Report on sanitation, dispensaries, and jails in Rajputana for 1918, and on vaccination for the year 1918-1919 - 1918-1919
Year: 1918
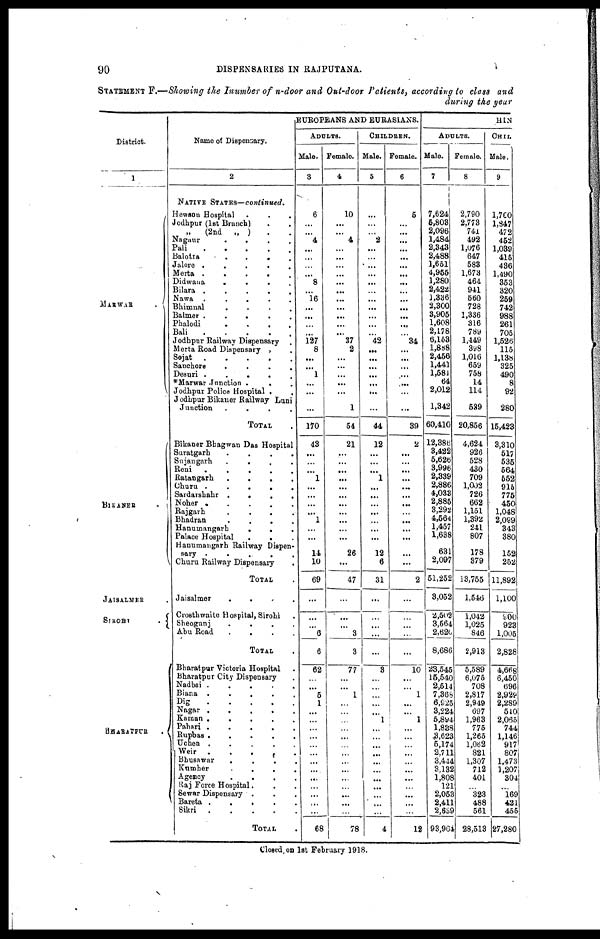
90
DISPENSARIES IN RAJPUTANA.
STATEMENT F.—Showing the Inumber of n-door and Out-door Patients, according to class and
during the year
District.
1
MARWAR
.
BIKANER
.
JAISALMER .
SIROHI
.
BHARATPUR .
Name of Dispensary.
2
NATIVE STATES—continued.
Hewson Hospital ...
Jodhpur (1st Branch) ..
„ (2nd „ ) ..
Nagaur
....
Pali
.....
Balotra
....
Jalore
.....
Meita
....
Didwana
....
Bilara
.....
Nawa
.....
Bhimnal
....
Balmer
.....
Phalodi
....
Bali
.....
Jodhpur Railway Dispensary .
Merta Road Dispensary ..
Sojat
.....
Sanchore
....
Desuri
.....
*Marwar Junction
...
Jodhpur Police Hospital
..
Jodhpur Bikaner Railway Luni
Junction
....
TOTAL
Bikaner Bhagwan Das Hospital
Suratgarh ....
Sujangarh
....
Reni
.....
Ratangarh
....
Churu
.....
Sardarshahr
....
Noher .....
Rajgarh
....
Bhadran
....
Hanumangarh ...
Palace Hospital
...
Hanumangarh Railway Dispen¬
sary .....
Churu Railway Dispensary .
TOTAL .
Jaisalmer
....
Crosthwaite Hospital, Sirohi .
Sheogunj
....
Abu Road
....
TOTAL .
Bharatpur Victoria Hospital .
Bharatpur City Dispensary .
Nadbai
.....
Biana
.....
Dig
.....
Nagar
.....
Raman
.....
Pahsri
.....
Rupbas
.....
Uchen
.....
Weir
.....
Bhusnwar
....
Kumher
....
Agency
....
Raj Force Hospital...
Sewar Dispensary ...
Bareta
....
Sikri
....
TOTAL
.
EUROPEANS AND EURASIANS.
ADULTS.
Male.
3
6
...
...
4
...
...
...
...
8
...
16
...
...
...
...
127
8
...
...
1
...
...
...
170
43
...
...
...
1
...
...
...
...
1
...
...
14
10
69
...
...
...
6
6
62
...
...
5
1
...
...
...
...
...
...
...
...
...
...
...
...
...
68
Female.
4
10
...
...
4
...
...
...
...
...
...
...
...
...
...
...
37
2
...
...
...
...
...
1
54
21
...
...
...
...
...
...
...
...
...
...
...
26
...
47
...
...
...
3
3
77
...
...
1
...
...
...
...
...
...
...
...
...
...
...
...
...
...
78
CHILDREN.
Male.
5
...
...
...
2
...
...
...
...
...
...
...
...
...
...
...
42
...
...
...
...
...
...
...
44
12
...
...
...
1
...
...
...
...
...
...
...
12
6
31
...
...
...
...
...
3
...
...
...
...
...
1
...
...
...
...
...
...
...
...
...
...
...
4
Female.
6
5
...
...
...
...
...
...
...
...
...
...
...
...
...
...
34
...
...
...
...
...
...
...
39
2
...
...
...
...
...
...
...
...
...
...
...
...
...
2
...
...
...
...
...
10
...
...
1
...
...
1
...
...
...
...
...
...
...
...
...
...
...
12
HIN
ADULTS.
Male.
7
7,624
6,803
2,096
1,484
2,343
2,488
1,651
4,955
1,280
2,422
1,336
2,300
3,905
1,608
2,178
6,153
1,888
2,456
1,441
1,581
64
2,012
1,342
60,410
12,386
3,422
5,626
3,996
2,339
2,886
4,033
2,885
3,292
4,564
1,457
1,638
631
2,097
51,252
3,052
2,502
3,564
2,620
8,686
23,545
15,540
2,514
7,368
6,925
3,224
5,894
1,838
3,623
5,174
2,711
3,444
3,132
1,808
121
2,053
2,411
2,639
93,964
Female.
8
2,790
2,773
741
492
1,076
647
583
1,673
464
941
560
728
1,336
316
789
1,449
398
1,016
659
758
14
114
539
20,856
4,624
926
528
430
709
1,002
726
662
1,151
1,392
241
807
178
379
13,755
1,546
1,042
1,025
846
2,913
5,589
6,075
708
2,817
2,949
697
1,963
775
1,265
1,062
821
1,307
712
401
...
323
488
561
28,513
CHIL
Male.
9
1,700
1,847
472
452
1,039
415
436
1,490
353
320
259
742
988
261
705
1,526
115
1,138
325
490
8
92
280
15,423
3,310
517
535
564
552
915
775
450
1,048
2,099
343
380
152
252
11,892
1,100
900
923
1,005
2,828
4,668
6,450
696
2,929
2,289
540
2,065
744
1,146
917
807
1,473
1,207
304
...
169
421
455
27,280
Closed on 1st February 1918.